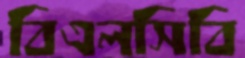
বিএলসিবি